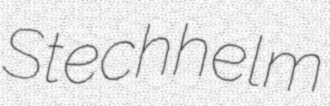
Stechhelm